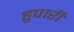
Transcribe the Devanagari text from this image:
हुपारी